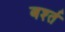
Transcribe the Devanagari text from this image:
बर्श्त